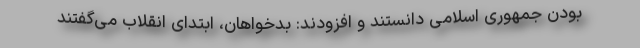
بودن جمهوری اسلامی دانستند و افزودند: بدخواهان، ابتدای انقلاب می‌گفتند